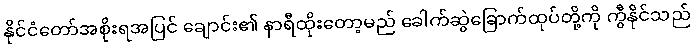
နိုင်ငံတော်အစိုးရအပြင် ချောင်း၏ နာရီထိုးတော့မည် ခေါက်ဆွဲခြောက်ထုပ်တို့ကို ကွီနိုင်သည်